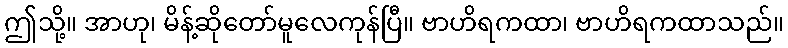
ဤသို့။ အာဟု၊ မိန့်ဆိုတော်မူလေကုန်ပြီ။ ဗာဟိရကထာ၊ ဗာဟိရကထာသည်။